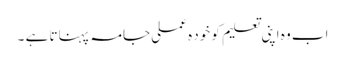
اب وہ اپنی تعلیم کو خود ہ عملی جامہ پہناتا ہے ۔